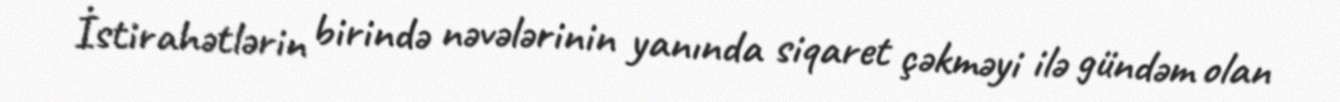
İstirahətlərin birində nəvələrinin yanında siqaret çəkməyi ilə gündəm olan